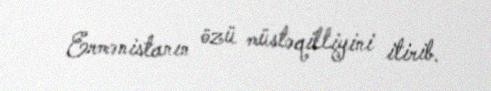
Ermənistanın özü müstəqilliyini itirib.